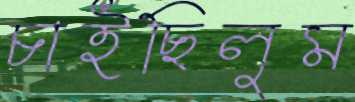
চাইছিলুম